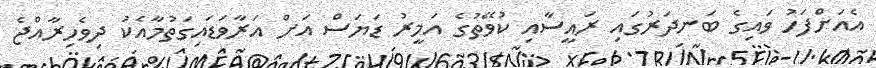
އެއަށްފަހު ވައިގެ ބަނދަރުގައި ރައީސާއި ކުވޭތުގެ އަމީރު ޑަޔަސް އަށް އަރާވަޑައިގަތުމާއެކު ދިވެހިރާއްޖެ